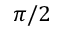
\pi / 2